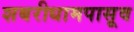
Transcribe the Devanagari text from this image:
शबरीधामपासूव